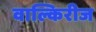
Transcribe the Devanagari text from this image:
वाल्किरीज